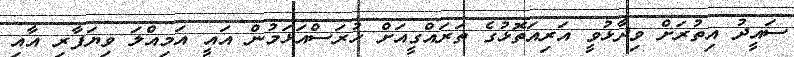
ސައީދު އިތުރަށް ވިދާޅުވީ އަރިއަތޮޅުގެ ތަރައްގީއަށް ހުރަސްއަޅަމުން އައީ އަމިއްލަ ވިޔަފާރި އާއި